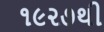
૧૯૨૭થી